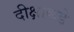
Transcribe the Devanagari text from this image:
दीक्षांकडे